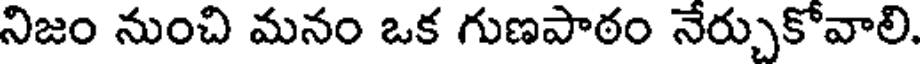
నిజం నుంచి మనం ఒక గుణపాఠం నేర్చుకోవాలి.